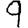
Digit: 9